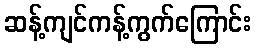
ဆန့်ကျင်ကန့်ကွက်ကြောင်း